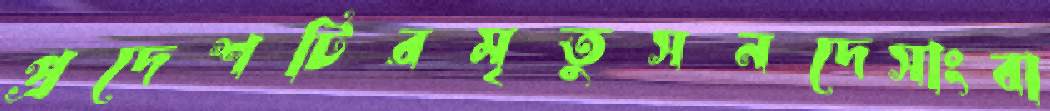
প্রদেশটিরমৃতুসনদেসাংবা